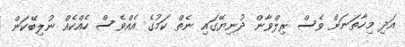
އަދި މިހާތަނަށް ވެސް ރިލްވާން ދުނިޔޭގައި ނެތް ކަމުގެ އެއްވެސް ހެއްކެއް ނުލިބޭކަން